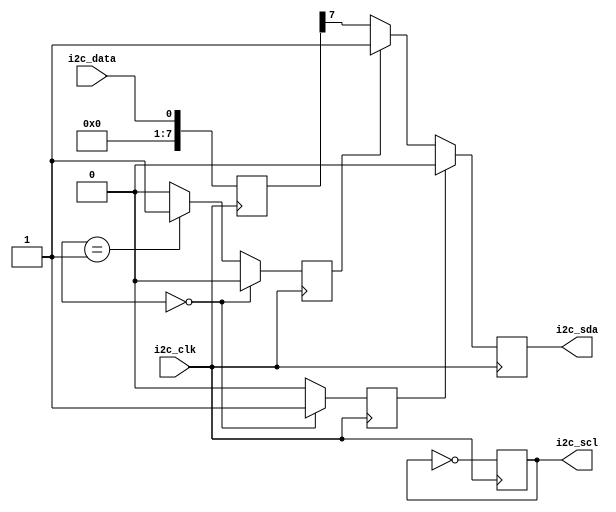
module i2c_controller (
    input wire i2c_clk,
    input wire i2c_data,
    output reg i2c_sda,
    output reg i2c_scl
);

reg [7:0] data_reg;
reg [7:0] addr_reg;
reg [7:0] control_reg;
reg start_bit;
reg stop_bit;

always @(posedge i2c_clk) begin
    // Synchronize data and address
    data_reg <= i2c_data;
    addr_reg <= i2c_data;

    // Arbitration and timing control logic here

    // Data sampling and synchronization
    if (control_reg == 8'd0) begin // start condition
        start_bit <= 1;
        stop_bit <= 0;
    end else if (control_reg == 8'd1) begin // stop condition
        start_bit <= 0;
        stop_bit <= 1;
    end else begin
        start_bit <= 0;
        stop_bit <= 0;
    end

    // Implement synchronization blocks here

    // Clock signal generation
    i2c_scl <= ~i2c_scl;

    // Data transmission
    if (start_bit) begin
        i2c_sda <= 0; // Start bit
    end else if (stop_bit) begin
        i2c_sda <= 1; // Stop bit
    end else begin
        i2c_sda <= data_reg[7]; // Data transmission
    end
end

endmodule